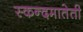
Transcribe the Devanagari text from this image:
स्कन्दमातेती